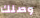
وصلك